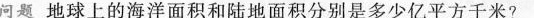
问题 地球上的海洋面积和陆地面积分别是多少亿平方千米?